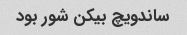
ساندویچ بیکن شور بود